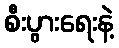
စီးပွားရေးနဲ့